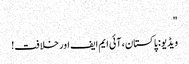
"
ویڈیو: پاکستان، آئی ایم ایف اور خلافت!